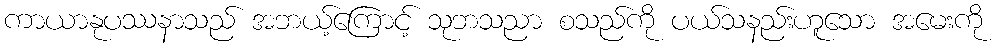
ကာယာနုပဿနာသည် အဘယ့်ကြောင့် သုဘသညာ စသည်ကို ပယ်သနည်းဟူသော အမေးကို